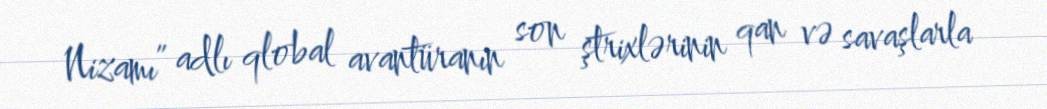
Nizamı” adlı qlobal avantüranın son ştrixlərinin qan və savaşlarla